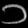
Digit: ၁